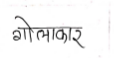
मजकूर: गोलाकार